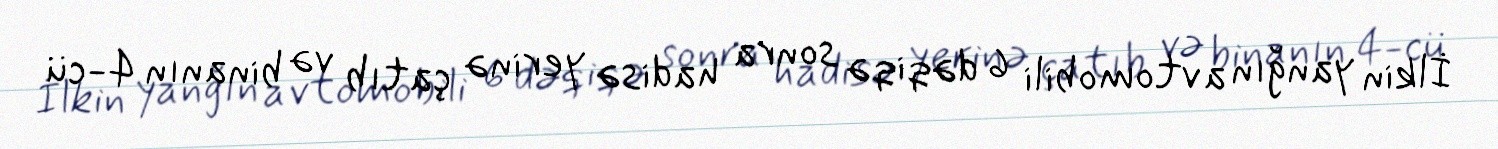
İlkin yanğın avtomobili 6 dəqiqə sonra hadisə yerinə çatıb və binanın 4-cü